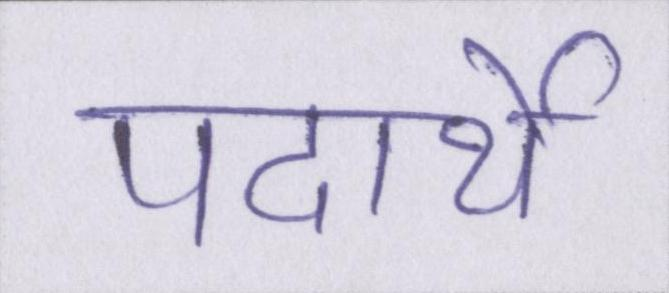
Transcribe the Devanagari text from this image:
पदार्थे